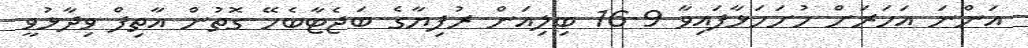
އަންނަ އަހަރަށް ހުށަހަޅާފައިވާ 16.9 ބިލިއަން ރުފިޔާގެ ބަޖެޓާބެހޭ ގޮތުން އާތިފް ވިދާޅުވީ